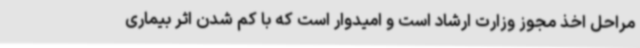
مراحل اخذ مجوز وزارت ارشاد است و امیدوار است که با کم شدن اثر بیماری